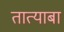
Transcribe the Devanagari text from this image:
तात्याबा